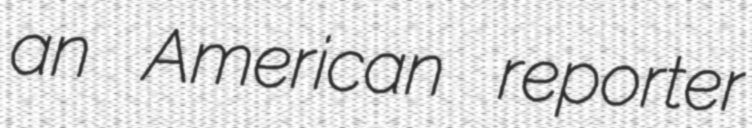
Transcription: an American reporter